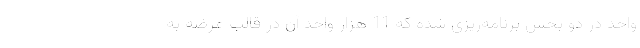
واحد در دو بخش برنامه‌ریزی شده که 11 هزار واحد آن در قالب عرضه به